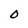
Character: O